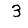
Digit: 3